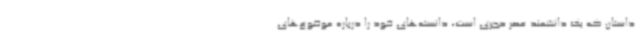
داستان که یک دانشمند عصر حجری است، دانسته‌های خود را درباره موضوع‌های